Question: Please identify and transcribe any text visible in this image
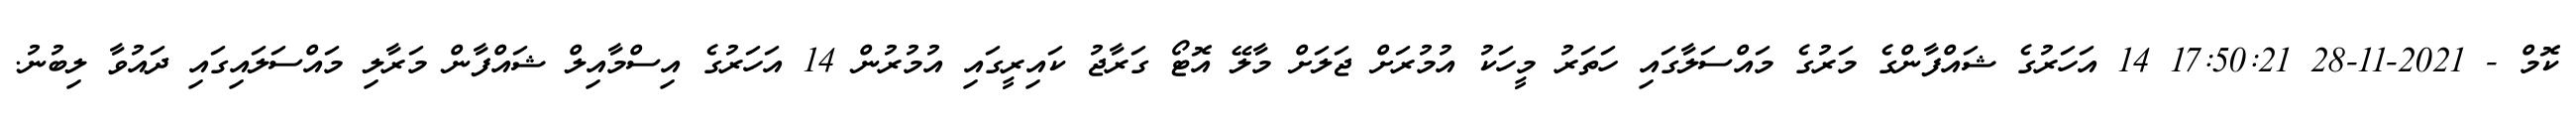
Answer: ކޮމް - 2021-11-28 17:50:21 14 އަހަރުގެ ޝައްފާންގެ މަރުގެ މައްސަލާގައި ހަތަރު މީހަކު އުމުރަށް ޖަލަށް މާލޭ އޮޓޯ ގަރާޖު ކައިރީގައި އުމުރުން 14 އަހަރުގެ އިސްމާއިލް ޝައްފާން މަރާލި މައްސަލައިގައި ދައުވާ ލިބުނު.